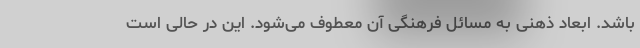
باشد. ابعاد ذهنی به مسائل فرهنگی آن معطوف می‌شود. این در حالی است